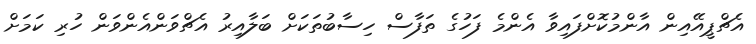
އެޗްޕީއޭއިން އާންމުކޮށްފައިވާ އެންމެ ފަހުގެ ތަފާސް ހިސާބުތަކަށް ބަލާއިރު އެޗްވަންއެންވަން ހުރި ކަމަށް